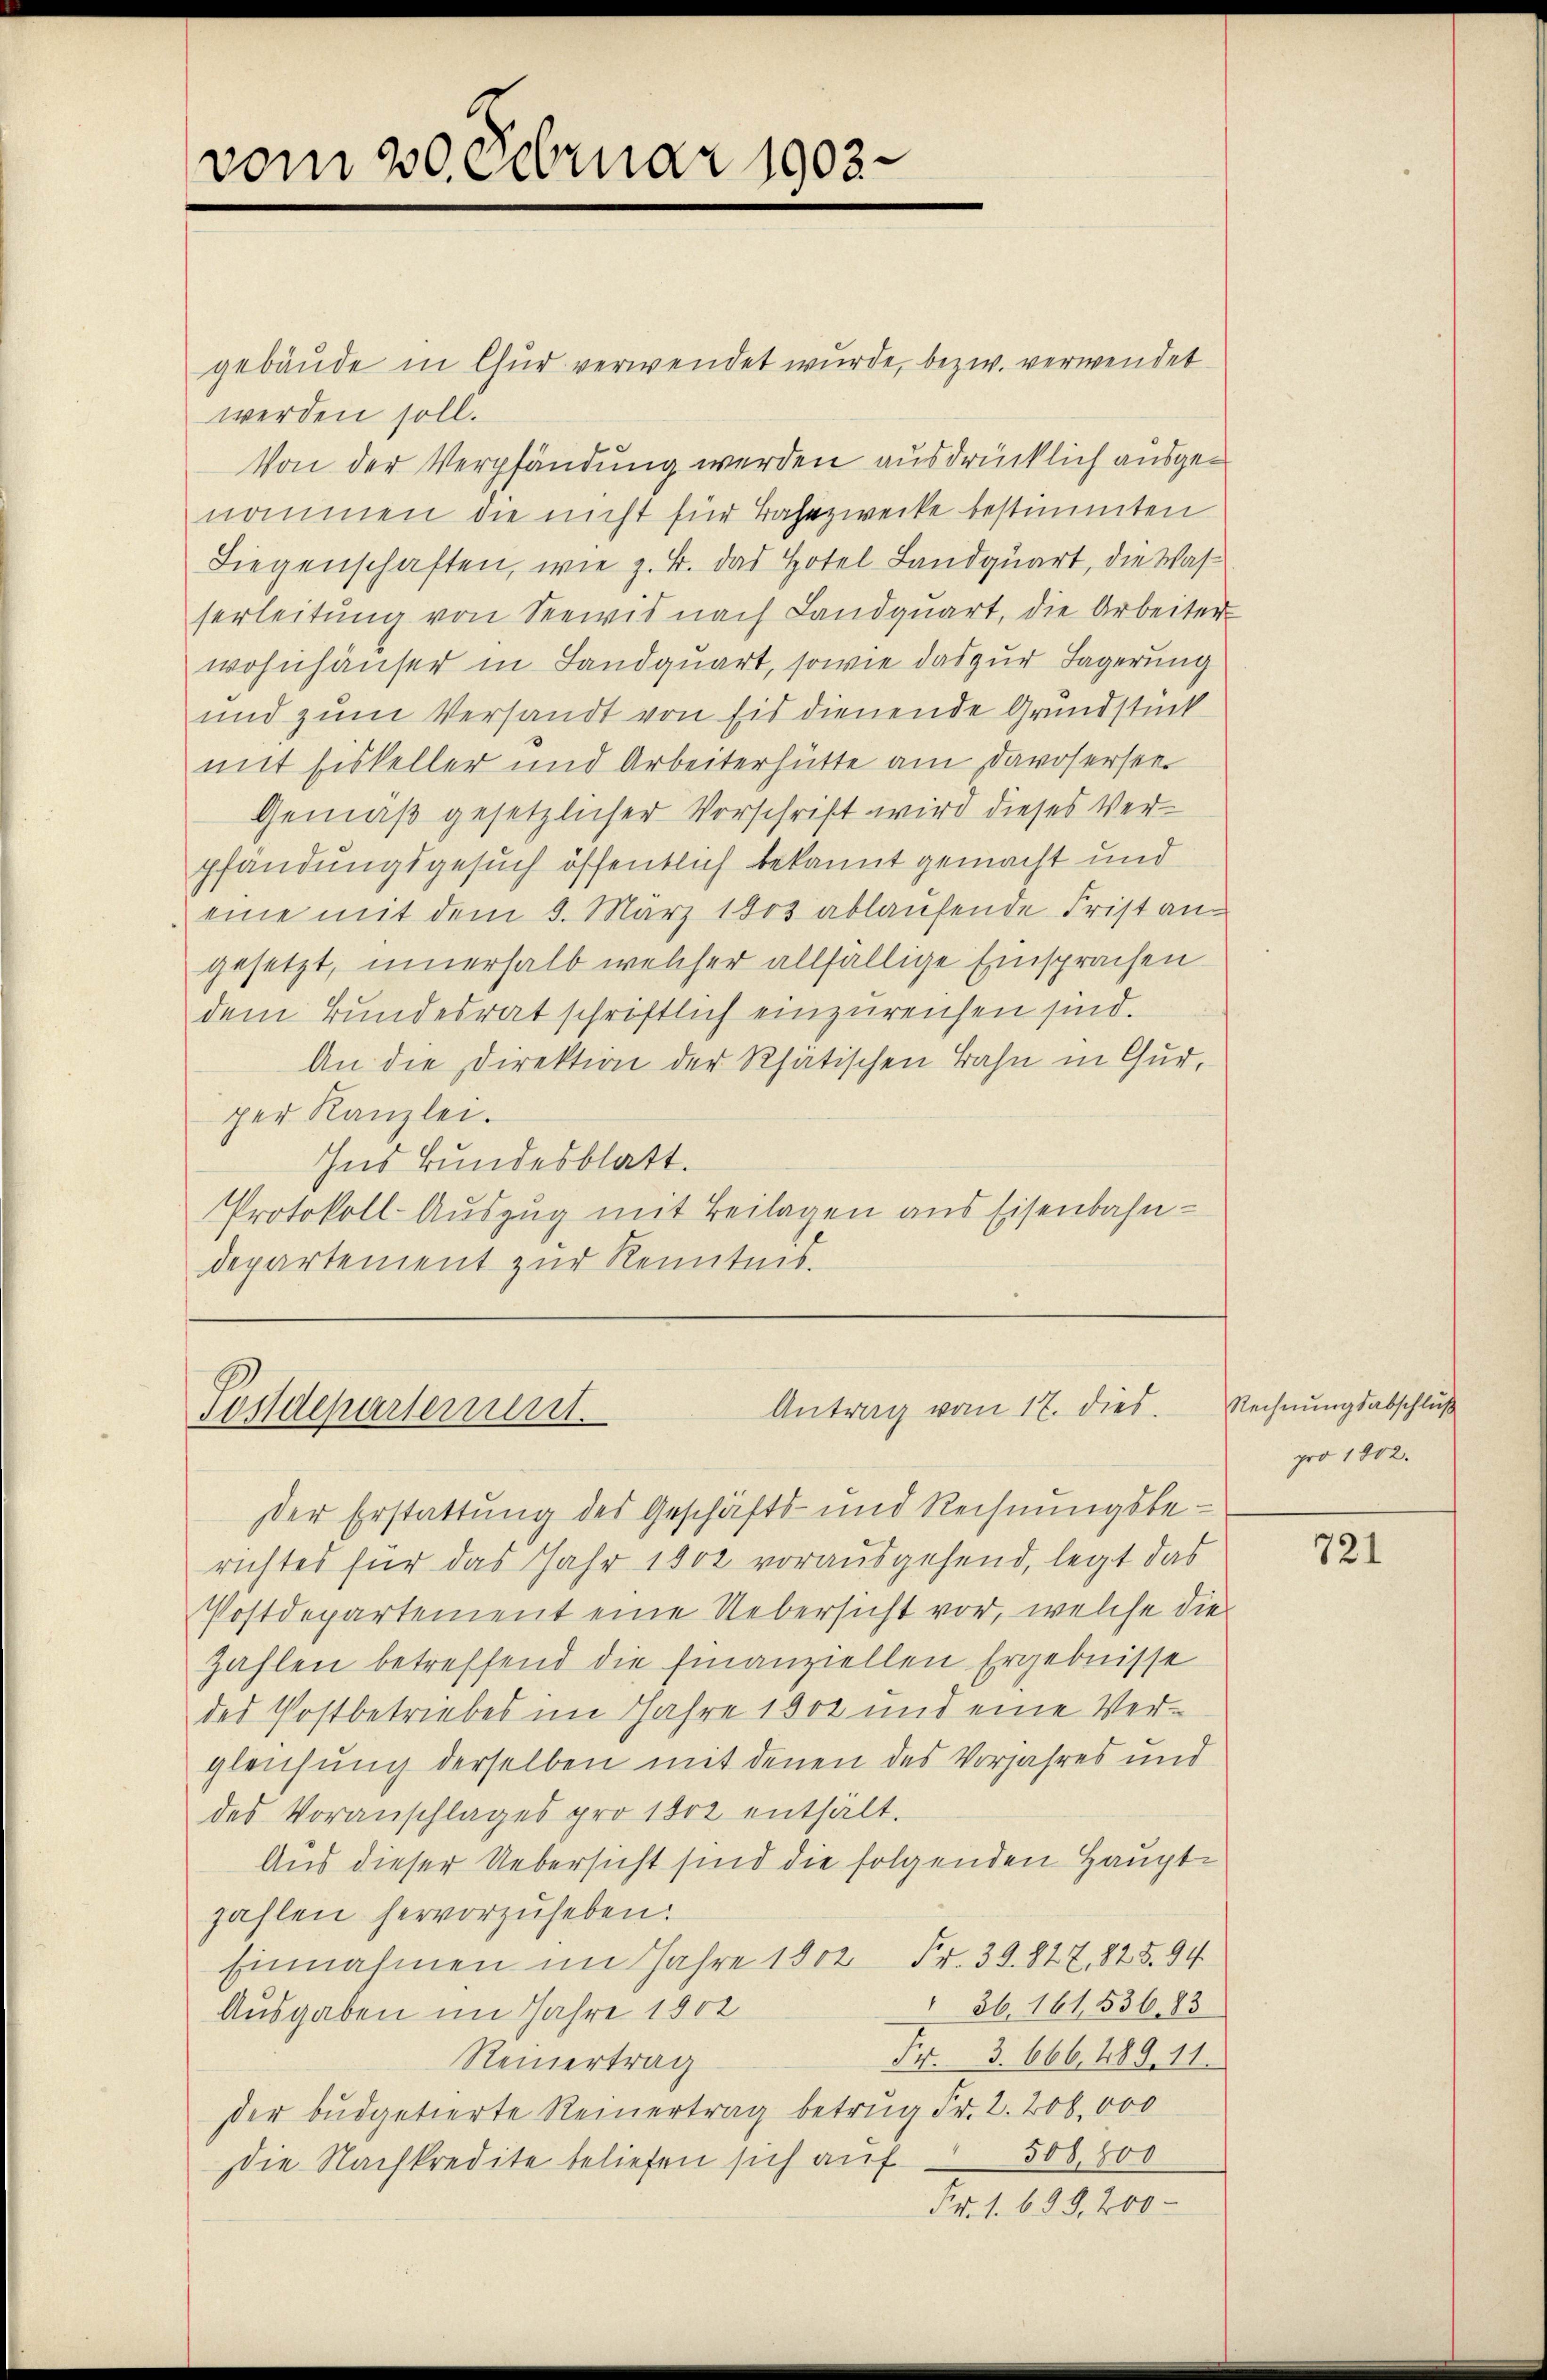
vom 20. Februar 1903

gebäude in Chur verwendet wurde, bezw. verwendet
werden soll.
Von der Verpfändung werden ausdrücklich ausgenommen die nicht für Bahnzwecke bestimmten
Liegenschaften, wie z. B. das Hotel Landquart, die Wasserleitung von Seewis nach Landquart, die Arbeiter
wohnhäuser in Landquart, sowie das zur Lagerung
und zum Versandt von Eid dienende Grundstück
mit Fiskeller und Arbeiterhütte am Davosersei
Gemäß gesetzlicher Vorschrift wird dieses Verpfändungsgesuch öffentlich bekannt gemacht und
eine mit dem 9. März 1903 ablaufende Fristangesetzt, innerhalb welcher allfällige Einsprachen
dem Bundesrat schriftlich einzureichen sind.
An die Direktion der Rhatischen Bahn in Gur,
per Kanzlei.
Ins kundesblatt.
Protokoll-Auszug mit Beilagen aus Eisenbahndepartement zur Kenntnis.

Antrag vom 17. dies
Postdepartement.

der Erstattung des Geschäfts- und Rechnungsberichtes für das Jahr 1802 vorausgehend, legt das
Postdepartement eine Uebersicht vor, welche die
zahlen betreffend die finanziellen Ergebnisse
des Postbetriebes im Jahre 1802 und eine Vergleichung derselben mit denen des Vorjahres und
des Voranschlages pro 1802 enthält.
Aus dieser Uebersicht sind die folgenden Hauptzahlen hervorzuheben.
Einnahmen im Jahre 1802 Fr. 39. 847, 825. 94
36. 16153683
Ausgaben im Jahre 1902
Fr. 3. 666. 489. 11.
Reinertrag
der Budgetierte Reinertrag betrug Fr. 2. 200,000
508,800
Die Nachkredite beliefen sich auf
Fr. 1. 699, 200 -

Rechnungsabschluß
pro 1902.

721